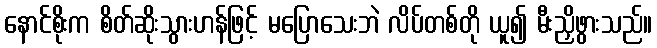
နောင်စိုးက စိတ်ဆိုးသွားဟန်ဖြင့် မပြောသေးဘဲ လိပ်တစ်တို ယူ၍ မီးညှိဖွားသည်။